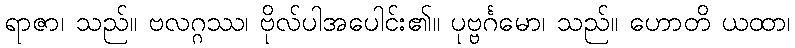
ရာဇာ၊ သည်။ ဗလဂ္ဂဿ၊ ဗိုလ်ပါအပေါင်း၏။ ပုဗ္ဗင်္ဂမော၊ သည်။ ဟောတိ ယထာ၊